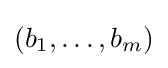
(b_{1},\ldots ,b_{m})